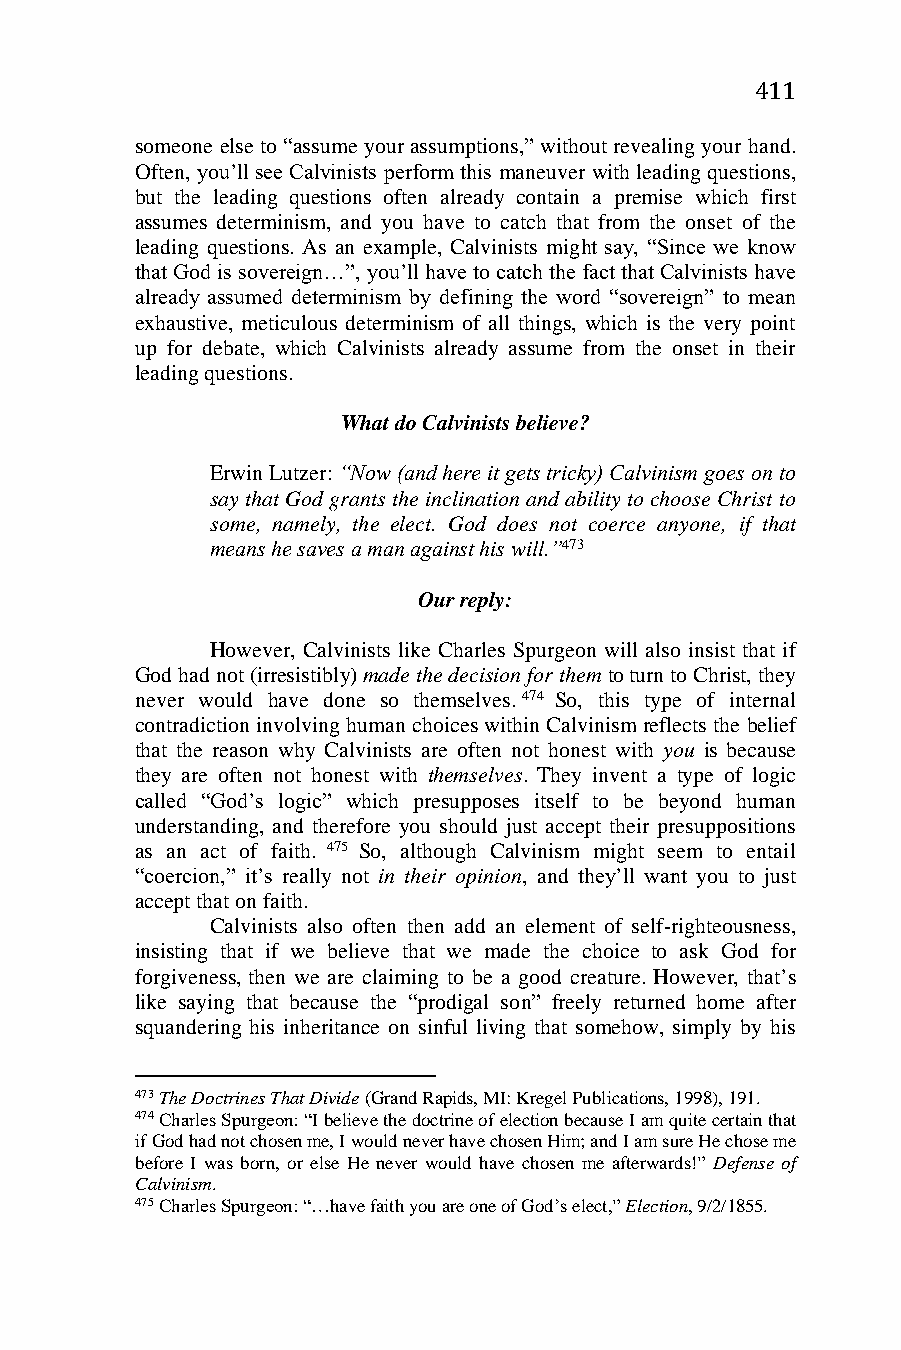
411
 someone else to “assume your assumptions,” without revealing your hand.
 Often, you’ll see Calvinists perform this maneuver with leading questions,
 but the leading questions often already contain a premise which first
 assumes determinism, and you have to catch that from the onset of the
 leading questions. As an example, Calvinists might say, “Since we know
 that God is sovereign…”, you’ll have to catch the fact that Calvinists have
 already assumed determinism by defining the word “sovereign” to mean
 exhaustive, meticulous determinism of all things, which is the very point
 up for debate, which Calvinists already assume from the onset in their
 leading questions.
 What do Calvinists believe?
 Erwin Lutzer: “Now (and here it gets tricky) Calvinism goes on to
 say that God grants the inclination and ability to choose Christ to
 some, namely, the elect. God does not coerce anyone, if that
 means he saves a man against his will.”473
 Our reply:
 However, Calvinists like Charles Spurgeon will also insist that if
 God had not (irresistibly) made the decision for them to turn to Christ, they
 never would have done so themselves.474 So, this type of internal
 contradiction involving human choices within Calvinism reflects the belief
 that the reason why Calvinists are often not honest with you is because
 they are often not honest with themselves. They invent a type of logic
 called “God’s logic” which presupposes itself to be beyond human
 understanding, and therefore you should just accept their presuppositions
 as an act of faith. 475 So, although Calvinism might seem to entail
 “coercion,” it’s really not in their opinion, and they’ll want you to just
 accept that on faith.
 Calvinists also often then add an element of self-righteousness,
 insisting that if we believe that we made the choice to ask God for
 forgiveness, then we are claiming to be a good creature. However, that’s
 like saying that because the “prodigal son” freely returned home after
 squandering his inheritance on sinful living that somehow, simply by his
 473 The Doctrines That Divide (Grand Rapids, MI: Kregel Publications, 1998), 191.
 474 Charles Spurgeon: “I believe the doctrine of election because I am quite certain that
 if God had not chosen me, I would never have chosen Him; and I am sure He chose me
 before I was born, or else He never would have chosen me afterwards!” Defense of
 Calvinism.
 475 Charles Spurgeon: “…have faith you are one of God’s elect,” Election, 9/2/1855.